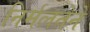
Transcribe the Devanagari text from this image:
निर्मलतेने